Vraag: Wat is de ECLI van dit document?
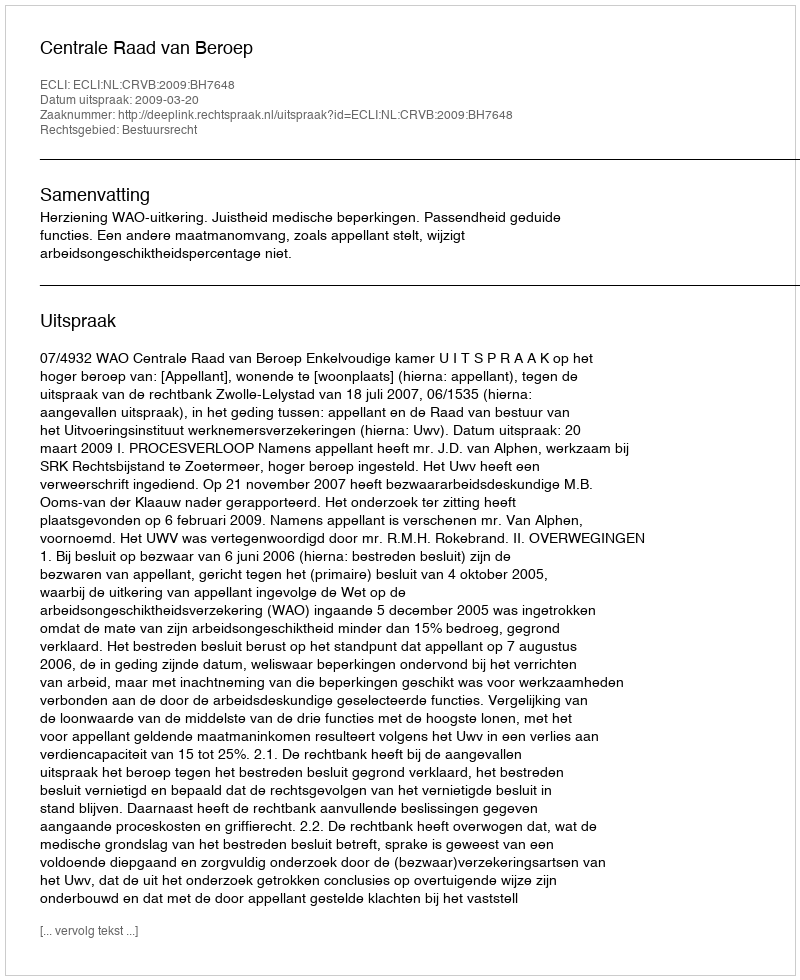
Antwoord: ECLI:NL:CRVB:2009:BH7648